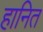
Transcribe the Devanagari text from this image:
हानित